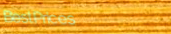
BestPrices